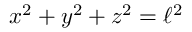
x ^ { 2 } + y ^ { 2 } + z ^ { 2 } = \ell ^ { 2 }